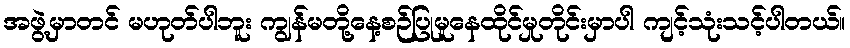
အဖွဲ့မှာတင် မဟုတ်ပါဘူး ကျွန်မတို့နေ့စဉ်ပြုမူနေထိုင်မှုတိုင်းမှာပါ ကျင့်သုံးသင့်ပါတယ်။